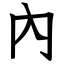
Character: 內